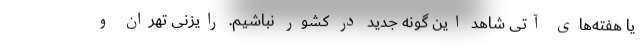
یا هفته‌های آتی شاهد این گونه جدید در کشور نباشیم. رایزنی تهران و